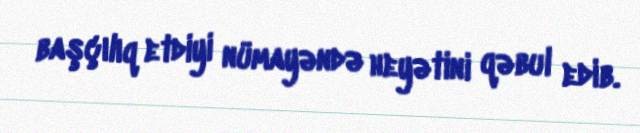
başçılıq etdiyi nümayəndə heyətini qəbul edib.